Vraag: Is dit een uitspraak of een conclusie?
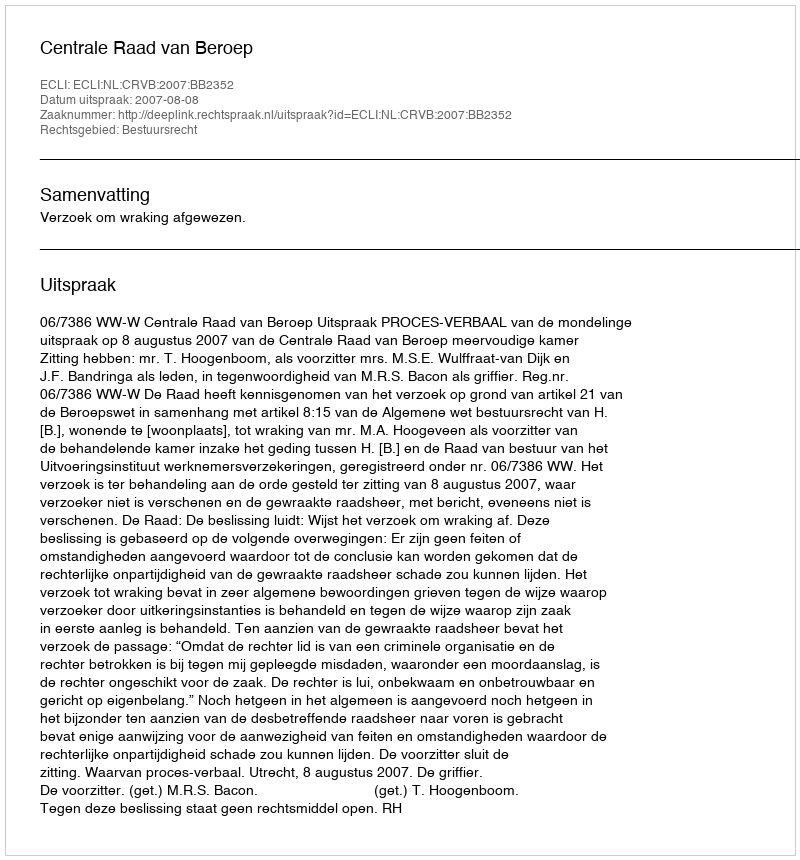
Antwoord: Uitspraak